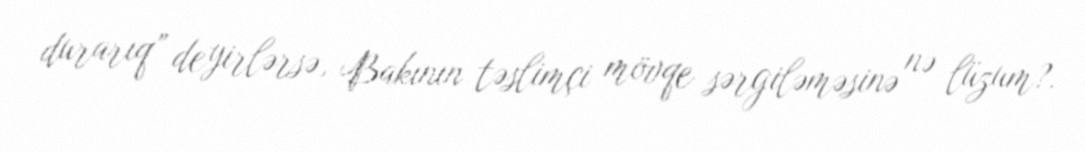
durarıq” deyirlərsə, Bakının təslimçi mövqe sərgiləməsinə nə lüzum?.